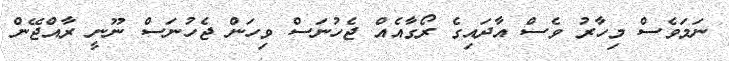
ނަމަވެސް މިހާރު ވެސް އާދައިގެ ރޯގާއެއް ޖެހުނަސް ވިހަން ޖެހުނަސް ނޫނީ ރާއްޖޭން